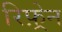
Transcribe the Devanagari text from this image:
रिफ़्रेन